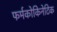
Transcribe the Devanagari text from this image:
फर्मकोकिनेटिक